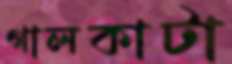
গালকাটা